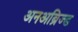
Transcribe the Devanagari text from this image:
अनअब्रिज्ड